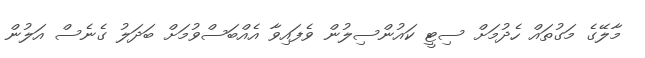
މާލޭގެ މަގުތައް ހެދުމަށް ސިޓީ ކައުންސިލުން ވެފައިވާ އެއްބަސްވުމަށް ބަދަލު ގެނެސް އަލުން